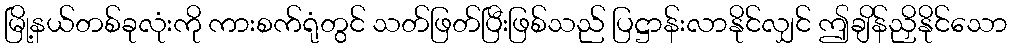
မြို့နယ်တစ်ခုလုံးကို ကားစက်ရုံတွင် သတ်ဖြတ်ပြီးဖြစ်သည် ပြဋ္ဌာန်းလာနိုင်လျှင် ဤချိန်ညှိနိုင်သော